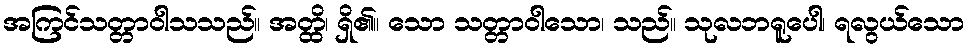
အကြင်သတ္တာဝါသသည်။ အတ္ထိ၊ ရှိ၏။ သော သတ္တာဝါသော၊ သည်။ သုလဘရူပေါ၊ ရလွယ်သော